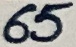
Text: 65